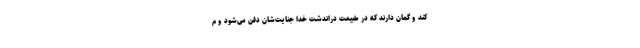
کند و گمان دارند که در طبیعت دراندشت خدا جنایت‌شان دفن می‌شود و م